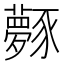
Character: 𧲎